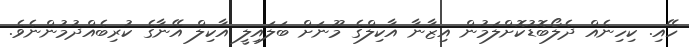
ހޭއި. ކިހިނެއް ދެލޯބޮޑުކޮށްލަމުން އިޒާނާ އާކިލްގެ މޫނަށް ބަލައިލީ އާކިލް އޭނާގެ ކުރިބެއްދުމުންނެވެ.